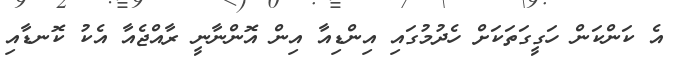
އެ ކަންކަން ހަގީގަތަކަށް ހެދުމުގައި އިންޑިއާ އިން އޮންނާނީ ރާއްޖެއާ އެކު ކޮނޑާއި